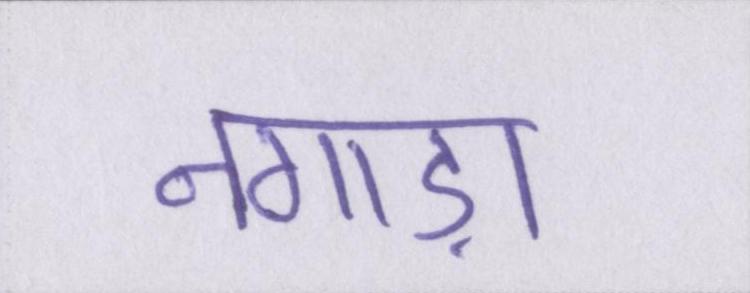
नगाड़ा